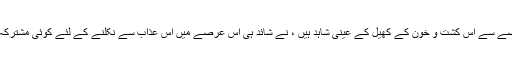
ہم جو ایک عرصے سے اس کشت و خون کے کھیل کے عینی شاہد ہیں ، نے شائد ہی اس عرصے میں اس عذاب سے نکلنے کے لئے کوئی مشترکہ کوشش کی ہو ۔